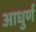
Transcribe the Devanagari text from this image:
आधुर्ण